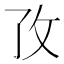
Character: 𭣡